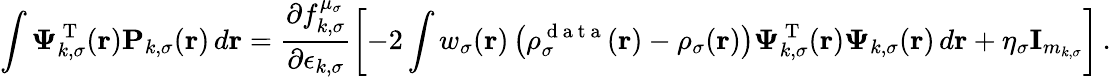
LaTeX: \int\boldsymbol{\Psi}_{k,\sigma}^{\mathrm{~T~}}(\boldsymbol{\textbf{r}})\mathbf{P}_{k,\sigma}(\boldsymbol{\textbf{r}})\, d\boldsymbol{\textbf{r}}=\frac{\partial f_{k,\sigma}^{\mu_{\sigma}}}{\partial\epsilon_{k,\sigma}}\left[-2\int w_{\sigma}(\boldsymbol{\textbf{r}})\left(\rho_{\sigma}^{\mathrm{~d~a~t~a~}}(\boldsymbol{\textbf{r}})-\rho_{\sigma}(\boldsymbol{\textbf{r}})\right)\boldsymbol{\Psi}_{k,\sigma}^{\mathrm{~T~}}(\boldsymbol{\textbf{r}})\boldsymbol{\Psi}_{k,\sigma}(\boldsymbol{\textbf{r}})\, d\boldsymbol{\textbf{r}}+\eta_{\sigma}\textbf{I}_{m_{k,\sigma}}\right]\, .